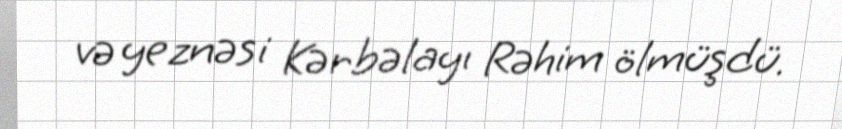
və yeznəsi Kərbəlayı Rəhim ölmüşdü.